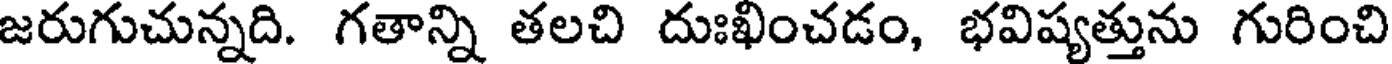
జరుగుచున్నది. గతాన్ని తలచి దుఃఖించడం, భవిష్యత్తును గురించి